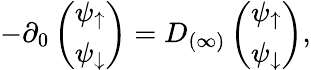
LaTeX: -\partial_{0}\left(\begin{array}{c}{{\psi_{\uparrow}}}\\ {{\psi_{\downarrow}}}\end{array}\right)=D_{(\infty)}\left(\begin{array}{c}{{\psi_{\uparrow}}}\\ {{\psi_{\downarrow}}}\end{array}\right),